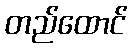
တည်ထောင်